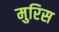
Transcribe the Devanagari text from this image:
मुरिस